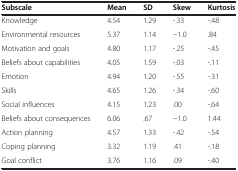
<table><thead><tr><td><b>Subscale</b></td><td><b>Mean</b></td><td><b>SD</b></td><td><b>Skew</b></td><td><b>Kurtosis</b></td></tr></thead><tbody><tr><td>Knowledge</td><td>4.54</td><td>1.29</td><td>-.33</td><td>-.48</td></tr><tr><td>Environmental resources</td><td>5.37</td><td>1.14</td><td>−1.0</td><td>.84</td></tr><tr><td>Motivation and goals</td><td>4.80</td><td>1.17</td><td>-.25</td><td>-.45</td></tr><tr><td>Beliefs about capabilities</td><td>4.05</td><td>1.59</td><td>-.03</td><td>-.11</td></tr><tr><td>Emotion</td><td>4.94</td><td>1.20</td><td>-.55</td><td>-.31</td></tr><tr><td>Skills</td><td>4.65</td><td>1.26</td><td>-.34</td><td>-.60</td></tr><tr><td>Social influences</td><td>4.15</td><td>1.23</td><td>.00</td><td>-.64</td></tr><tr><td>Beliefs about consequences</td><td>6.06</td><td>.67</td><td>−1.0</td><td>1.44</td></tr><tr><td>Action planning</td><td>4.57</td><td>1.33</td><td>-.42</td><td>-.54</td></tr><tr><td>Coping planning</td><td>3.32</td><td>1.19</td><td>.41</td><td>-.18</td></tr><tr><td>Goal conflict</td><td>3.76</td><td>1.16</td><td>.09</td><td>-.40</td></tr></tbody></table>